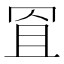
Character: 𦊨